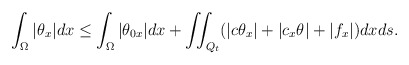
\begin{align*} \int_\Omega |\theta_x|dx\leq \int_\Omega|\theta_{0x}|dx + \iint_{Q_t}(|c \theta_x|+|c_x \theta|+|f_x|)dxds.\end{align*}